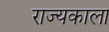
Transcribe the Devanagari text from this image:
राज्यकाला